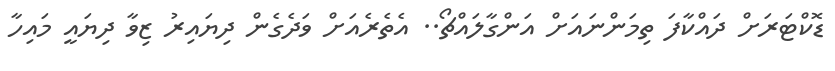
ޑޮކްޓަރަށް ދައްކާފަ ތިމަންނައަށް އަންގާލައްޗޯ.. އެތެރެއަށް ވަދެގެން ދިޔައިރު ޒިވާ ދިޔައީ މައިހާ